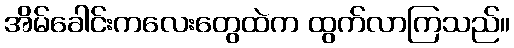
အိမ်ခေါင်းကလေးတွေထဲက ထွက်လာကြသည်။